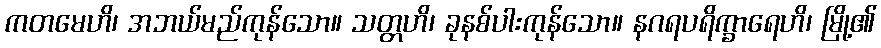
ကတမေဟိ၊ အဘယ်မည်ကုန်သော။ သတ္တဟိ၊ ခုနစ်ပါးကုန်သော။ နဂရပရိက္ခာရေဟိ၊ မြို့၏